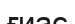
ғиас